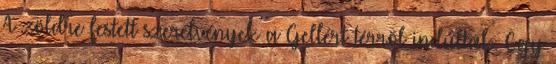
A zöldre festett szerelvények a Gellért térrõl indultak. Egy